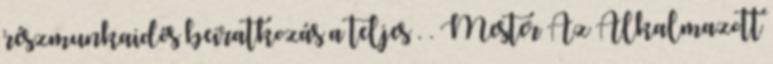
részmunkaidős beiratkozás a teljes . . Mester Az Alkalmazott